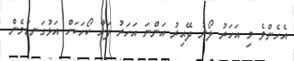
އެހެންވެ މި އަހަރު ލޯނު ދޭއިރު އަންނަ އަހަރު ފަށާ ކޯހަކަށް އަޅުގަނޑުމެން